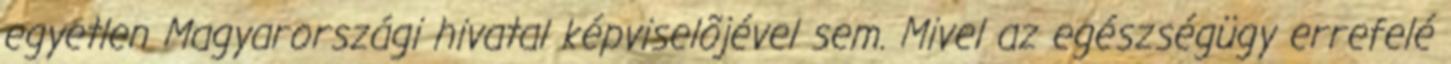
egyetlen Magyarországi hivatal képviselõjével sem. Mivel az egészségügy errefelé